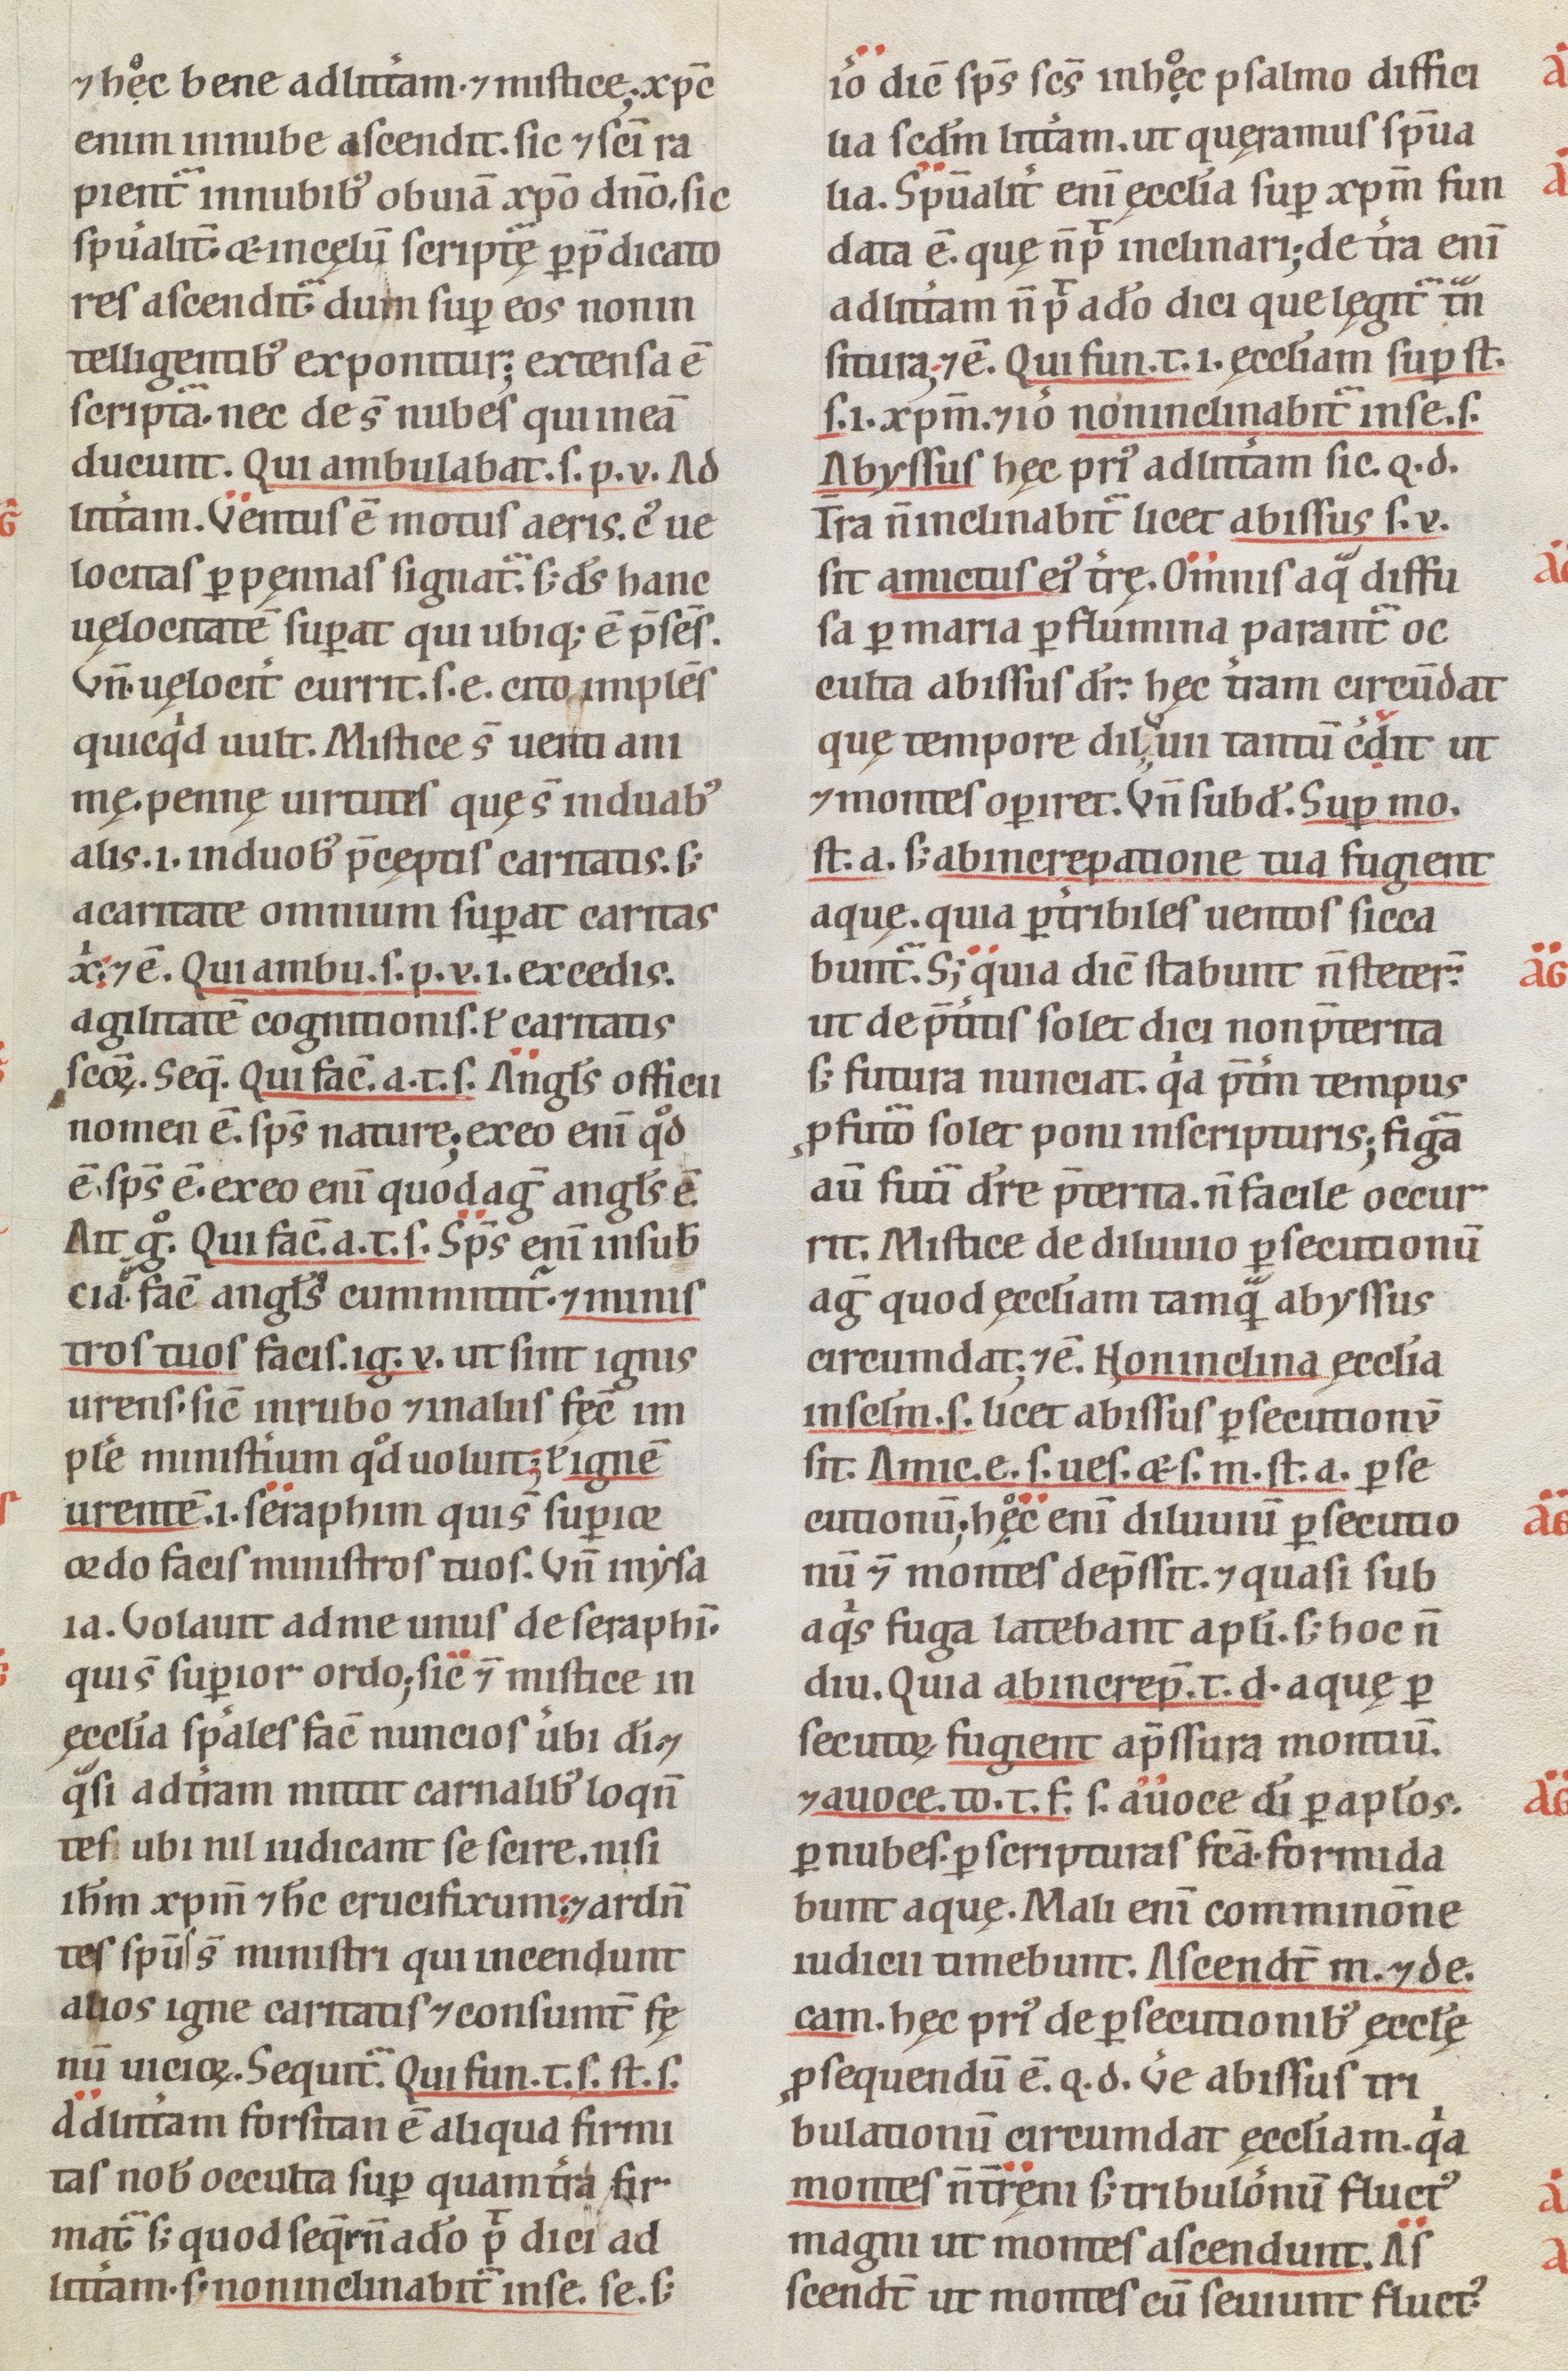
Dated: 1100–1199